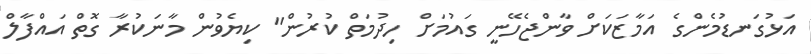
އަޅުގަނޑުމެންގެ އަމާޒަކަށް ވާންޖެހޭނީ ގައުމަށް ހިދުމަތް ކުރުން" ކިޔެވުން މާނަކުރާ ގޮތް އައްފާލް